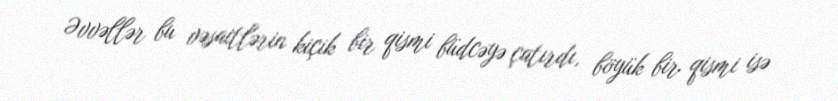
Əvvəllər bu vəsaitlərin kiçik bir qismi büdcəyə çatırdı, böyük bir qismi isə